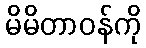
မိမိတာဝန်ကို